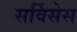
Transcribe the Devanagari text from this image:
सर्विसेस